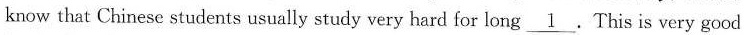
know that Chinese students usually study very hard for long\underline{1} .This is very good